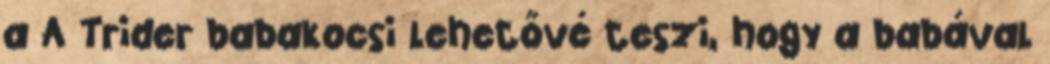
a A Trider babakocsi lehetővé teszi, hogy a babával